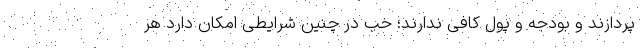
پردازند و بودجه و پول کافی ندارند؛ خب در چنین شرایطی امکان دارد هر